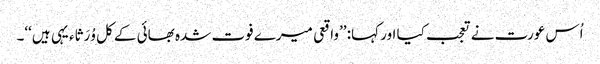
اُس عورت نے تعجب کیا اور کہا: ’’واقعی میرے فوت شدہ بھائی کے کل وُرَثاء یہی ہیں‘‘۔